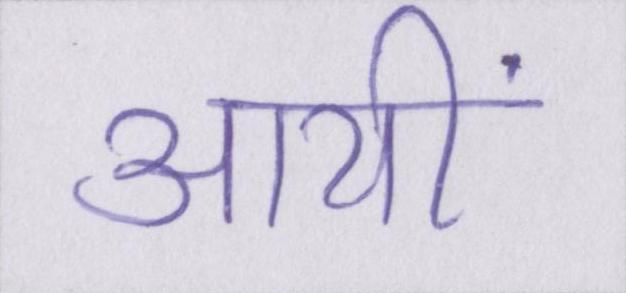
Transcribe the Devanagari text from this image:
आयीं